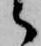
候